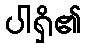
ပါရှိ၏